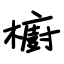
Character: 櫥